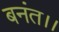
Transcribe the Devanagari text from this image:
बनंत।।